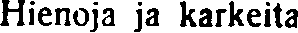
Hienoja ja karkeita